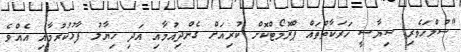
"ސުލްހަވެރި ސިޔާސީ ހަރަކާތްތައް ޕްރޮމޯޓްކޮށް ކުރިއަށް ގެންދިއުމާއި އަދި ހިޔާލު ފާޅުކުރުމާއި އެއްވެ